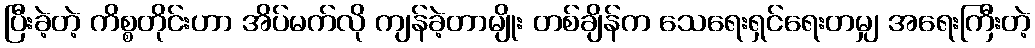
ပြီးခဲ့တဲ့ ကိစ္စတိုင်းဟာ အိပ်မက်လို ကျန်ခဲ့တာမျိုး တစ်ချိန်က သေရေးရှင်ရေးတမျှ အရေးကြီးတဲ့